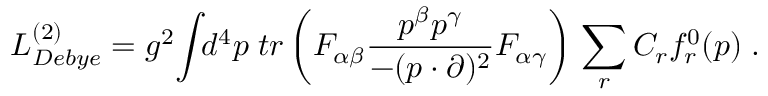
{ \cal L } _ { D e b y e } ^ { ( 2 ) } = g ^ { 2 } \! \int \! \! d ^ { 4 } p \; t r \left( F _ { \alpha \beta } \frac { p ^ { \beta } p ^ { \gamma } } { - ( p \cdot \partial ) ^ { 2 } } F _ { \alpha \gamma } \right) \, \sum _ { r } C _ { r } f _ { r } ^ { 0 } ( p ) \; .